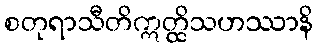
စတုရာသီတိဣတ္ထိသဟဿာနိ